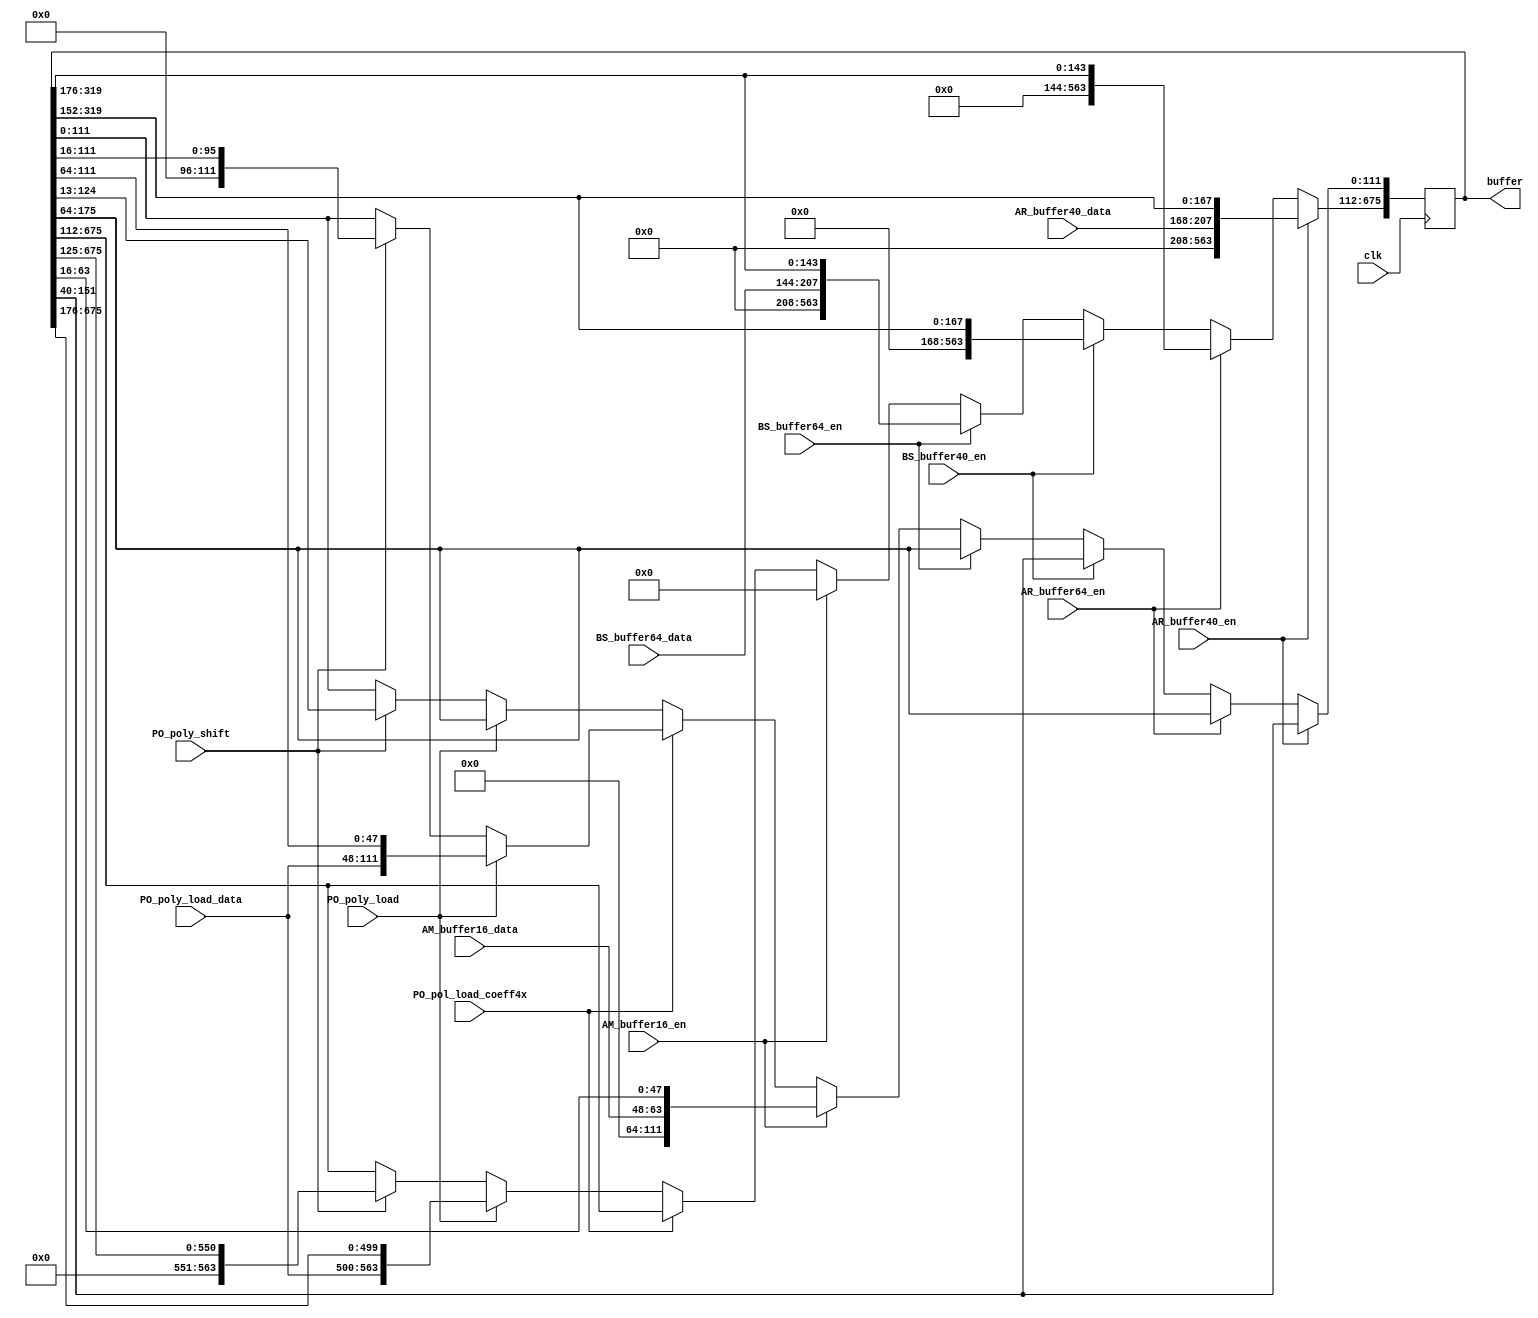
/***************************************************************************************************
    1. Design Name:             shared_buffer
    2. Preparation Date:        June 02, 2021
    3. Initial designed by:     Malik Imran and Samuel Pagliarini (Tallinn University of Technology, Estonia)              
    
    Note! The codes are for academic research use only and does not come with any support or any responsibility. 
****************************************************************************************************/

module shared_buffer(clk, AR_buffer40_en, AR_buffer40_data, AR_buffer64_en, BS_buffer40_en, BS_buffer64_en, BS_buffer64_data, AM_buffer16_en, AM_buffer16_data, PO_pol_load_coeff4x, PO_poly_load, PO_poly_load_data, PO_poly_shift, buffer);
input clk;
input AR_buffer40_en; // from add_round
input [39:0] AR_buffer40_data; // from add_round
input AR_buffer64_en; // from add_round
input BS_buffer40_en; // from BS2POLVECp
input BS_buffer64_en; // from BS2POLVECp
input [63:0] BS_buffer64_data; // from BS2POLVECp
input AM_buffer16_en; // from Add_m_pack
input [15:0] AM_buffer16_data; // from Add_m_pack
input PO_pol_load_coeff4x; // from pol_mul
input PO_poly_load; // from pol_mul
input [63:0] PO_poly_load_data; // from pol_mul
input PO_poly_shift; // from pol_mul

output reg [675:0] buffer;

always @(posedge clk)
begin
	if(AR_buffer40_en)
		buffer <= {AR_buffer40_data, buffer[319:40]};
	else if(AR_buffer64_en)
		buffer <= {64'd0, buffer[319:64]};
	else if (BS_buffer40_en)
		buffer <= {40'd0, buffer[319:40]};
	else if (BS_buffer64_en)
		buffer <= {BS_buffer64_data, buffer[319:64]};
	else if (AM_buffer16_en) 
		buffer <= {AM_buffer16_data, buffer[63:16]};
	else if (PO_pol_load_coeff4x == 0)	begin
		if (PO_poly_load) 
			buffer <= {PO_poly_load_data, buffer[675:64]};
		else if (PO_poly_shift)
			buffer <= {13'b0, buffer[675:13]};
	end
	else begin 
		if (PO_poly_load)
			buffer[111:0] <= {PO_poly_load_data, buffer[111:64]}; // 112 = 128 - 16
		else if (PO_poly_shift) 
			buffer[111:0] <= {16'b0, buffer[111:16]};
	end
end

endmodule